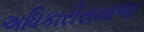
અધિકારીસમાજ